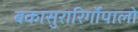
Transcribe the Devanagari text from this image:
बकासुरारिर्गोपालो